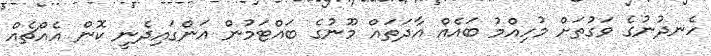
ހެނދުނުގެ ވަގުތަށް މުހިއްމު ބައެއް އާދަތައް މޫނުގެ ބައްޓަމުން އަންގައިދެނީ ކޮން އެއްޗެއް